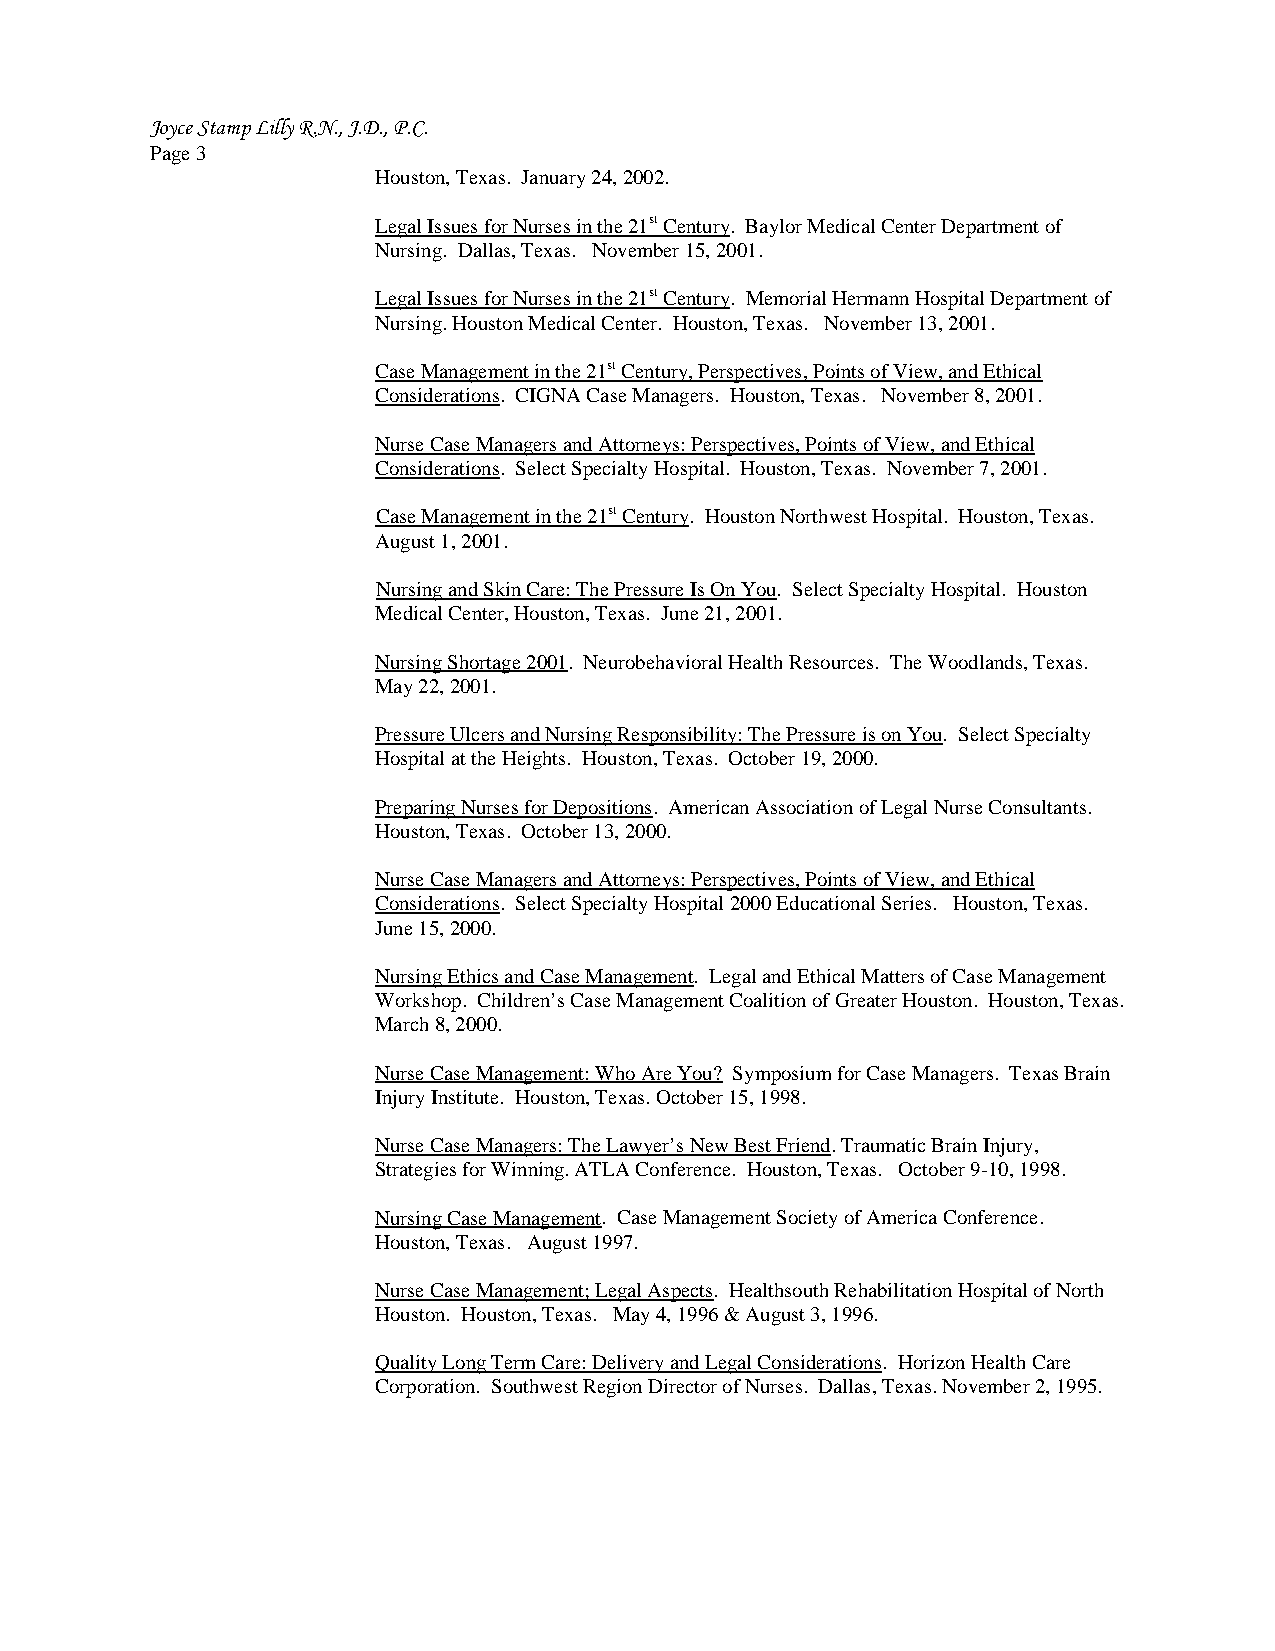
Joyce Stamp Lilly R.N., J.D., P.C.
 Page 3
 Houston, Texas. January 24, 2002.
 Legal Issues for Nurses in the 21st Century. Baylor Medical Center Department of
 Nursing. Dallas, Texas. November 15, 2001.
 Legal Issues for Nurses in the 21st Century. Memorial Hermann Hospital Department of
 Nursing. Houston Medical Center. Houston, Texas. November 13, 2001.
 Case Management in the 21st Century, Perspectives, Points of View, and Ethical
 Considerations. CIGNA Case Managers. Houston, Texas. November 8, 2001.
 Nurse Case Managers and Attorneys: Perspectives, Points of View, and Ethical
 Considerations. Select Specialty Hospital. Houston, Texas. November 7, 2001.
 Case Management in the 21st Century. Houston Northwest Hospital. Houston, Texas.
 August 1, 2001.
 Nursing and Skin Care: The Pressure Is On You. Select Specialty Hospital. Houston
 Medical Center, Houston, Texas. June 21, 2001.
 Nursing Shortage 2001. Neurobehavioral Health Resources. The Woodlands, Texas.
 May 22, 2001.
 Pressure Ulcers and Nursing Responsibility: The Pressure is on You. Select Specialty
 Hospital at the Heights. Houston, Texas. October 19, 2000.
 Preparing Nurses for Depositions. American Association of Legal Nurse Consultants.
 Houston, Texas. October 13, 2000.
 Nurse Case Managers and Attorneys: Perspectives, Points of View, and Ethical
 Considerations. Select Specialty Hospital 2000 Educational Series. Houston, Texas.
 June 15, 2000.
 Nursing Ethics and Case Management. Legal and Ethical Matters of Case Management
 Workshop. Children’s Case Management Coalition of Greater Houston. Houston, Texas.
 March 8, 2000.
 Nurse Case Management: Who Are You? Symposium for Case Managers. Texas Brain
 Injury Institute. Houston, Texas. October 15, 1998.
 Nurse Case Managers: The Lawyer’s New Best Friend. Traumatic Brain Injury,
 Strategies for Winning. ATLA Conference. Houston, Texas. October 9-10, 1998.
 Nursing Case Management. Case Management Society of America Conference.
 Houston, Texas. August 1997.
 Nurse Case Management; Legal Aspects. Healthsouth Rehabilitation Hospital of North
 Houston. Houston, Texas. May 4, 1996 & August 3, 1996.
 Quality Long Term Care: Delivery and Legal Considerations. Horizon Health Care
 Corporation. Southwest Region Director of Nurses. Dallas, Texas. November 2, 1995.